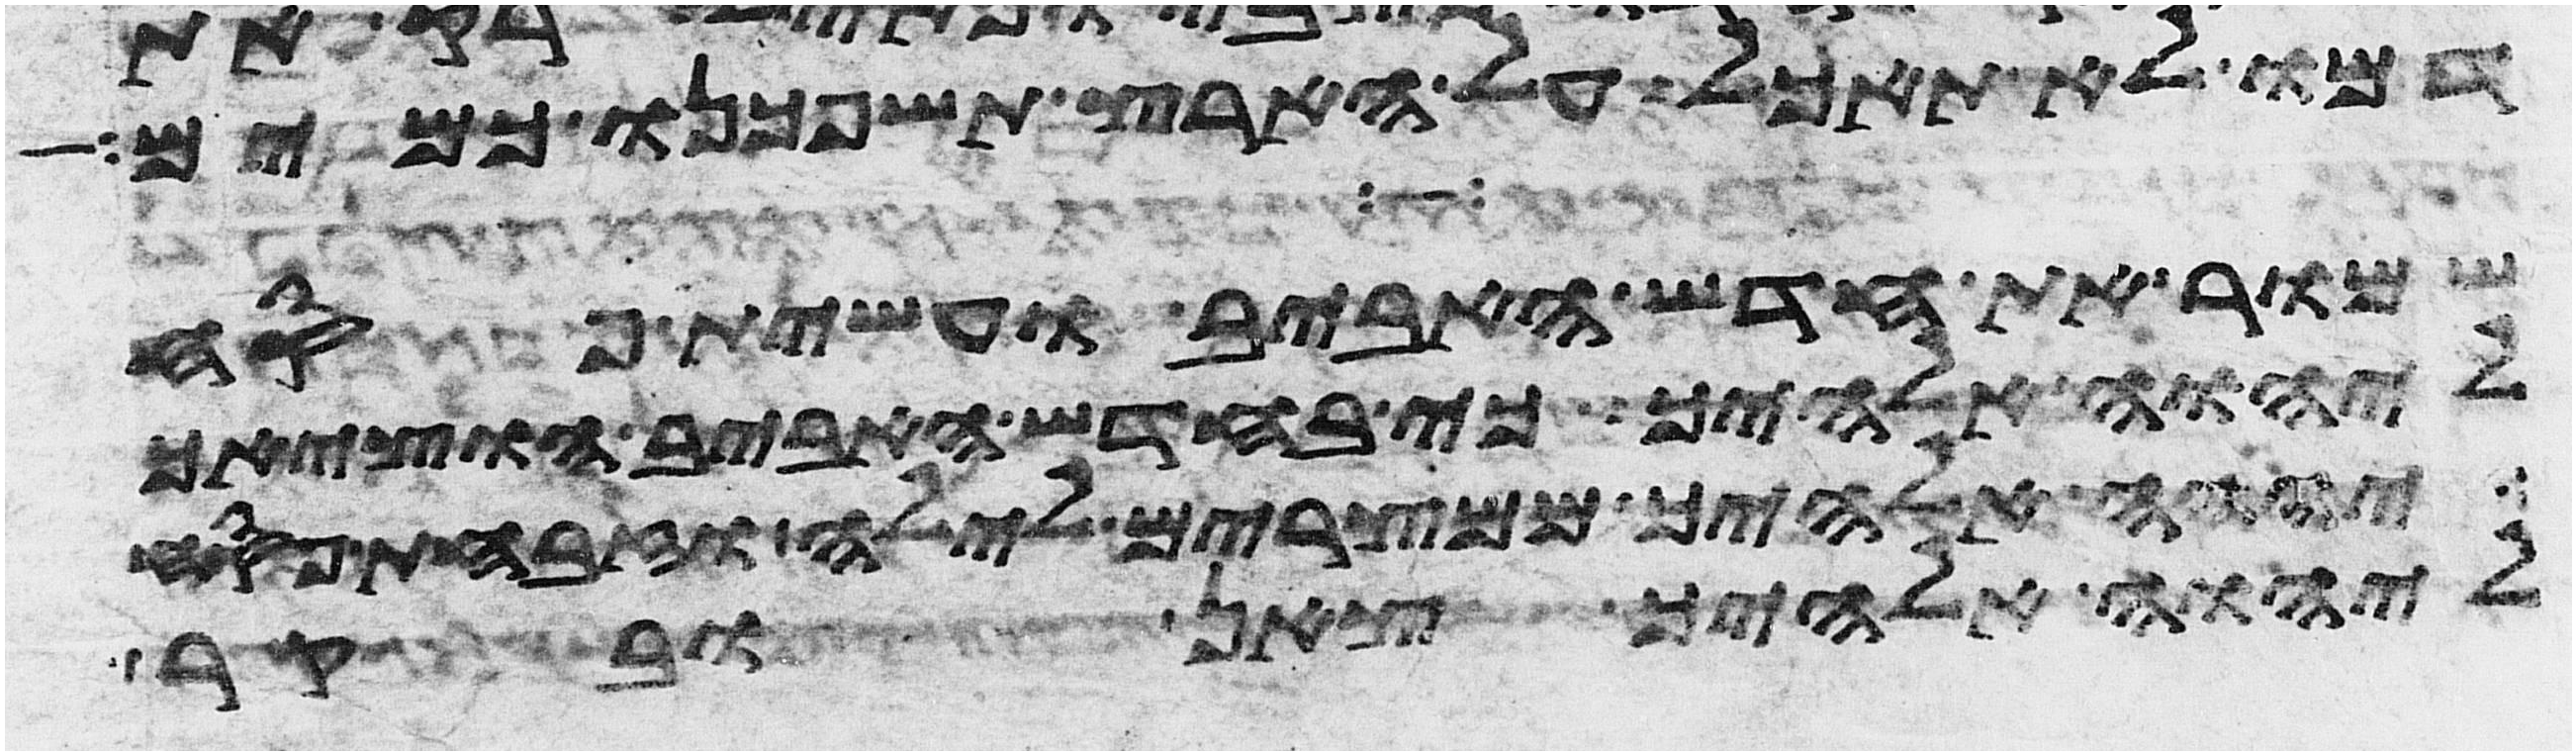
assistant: דמו לא תאכל על הארץ תשפכנו כמים
שמור את חדש האביב ועשית פסח
ליהוה אלהיך כי בחדש האביב הוציאך
יהוה אלהיך ממצרים לילה וזבחת פסח
ליהוה אלהיך צאן ובקר